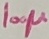
Text: 100µ